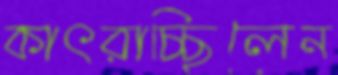
কাৎরাচ্ছিলেন